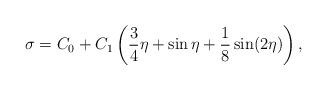
LaTeX: \begin{align*}\sigma=C_0 +C_1\left(\frac{3}{4}\eta+\sin\eta+\frac{1}{8}\sin(2\eta)\right) ,\end{align*}